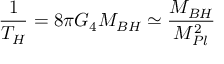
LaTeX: \frac { 1 } { T _ { H } } = 8 \pi G _ { 4 } M _ { B H } \simeq \frac { M _ { B H } } { M _ { P l } ^ { 2 } }